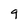
Character: g